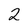
Character: 2